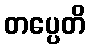
တပ္ပေတိ